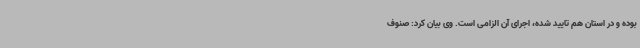
بوده و در استان هم تایید شده، اجرای آن الزامی است. وی بیان کرد: صنوف